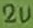
Text: 2u